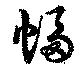
幅